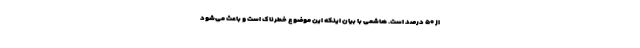
از ۵۰ درصد است. هاشمی با بیان اینکه این موضوع خطرناک است و باعث می‌شود